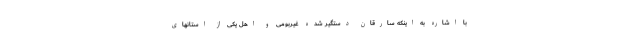
با اشاره به اینکه سارقان دستگیر شده غیربومی و اهل یکی از استانهای